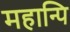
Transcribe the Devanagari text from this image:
महान्पि